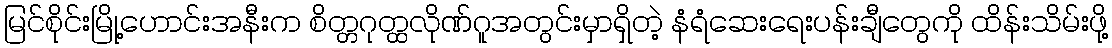
မြင်စိုင်းမြို့ဟောင်းအနီးက စိတ္တဂုတ္ထလိုဏ်ဂူအတွင်းမှာရှိတဲ့ နံရံဆေးရေးပန်းချီတွေကို ထိန်းသိမ်းဖို့